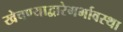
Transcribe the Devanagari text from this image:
खेचण्याद्वारेगर्भावस्था